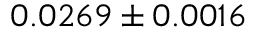
0 . 0 2 6 9 \pm 0 . 0 0 1 6